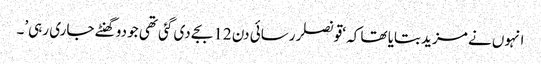
انہوں نے مزید بتایا تھا کہ ‘قونصلر رسائی دن 12 بجے دی گئی تھی جو دو گھنٹے جاری رہی’۔